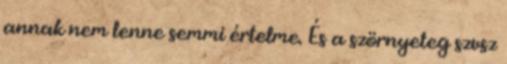
annak nem lenne semmi értelme. És a szörnyeteg szvsz